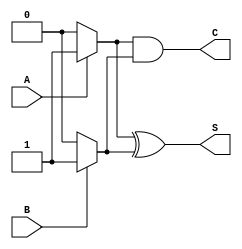
module current_mode_half_adder (
    input wire A,  // Current input for first binary digit
    input wire B,  // Current input for second binary digit
    output wire S, // Current output for sum
    output wire C  // Current output for carry
);

// Internal signals for current representation
wire A_current;
wire B_current;

// Assigning current levels based on input logic
assign A_current = A ? 1'b1 : 1'b0; // Logic '1' represented by high current
assign B_current = B ? 1'b1 : 1'b0; // Logic '1' represented by high current

// Sum output using XOR logic
assign S = A_current ^ B_current; // Sum output (S = A  B)

// Carry output using AND logic
assign C = A_current & B_current; // Carry output (C = A  B)

endmodule